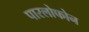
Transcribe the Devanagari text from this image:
पारलोफोन